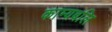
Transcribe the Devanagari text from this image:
काम्यबलि